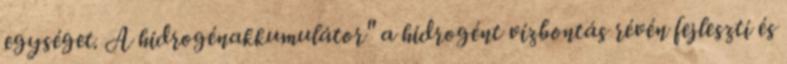
egységet. A hidrogénakkumulátor" a hidrogént vízbontás révén fejleszti és